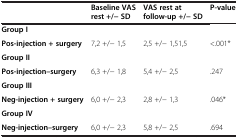
|  | Baseline VAS rest +/- SD | VAS rest at follow-up +/- SD | P-value |
 | --- | --- | --- | --- |
 | <COLSPAN=4> Group I |
 | Pos-injection + surgery | 7,2 +/- 1,5 | 2,5 +/- 1,51,5 | <.001* |
 | <COLSPAN=4> Group II |
 | Pos-injection–surgery | 6,3 +/- 1,8 | 5,4 +/- 2,5 | .247 |
 | <COLSPAN=4> Group III |
 | Neg-injection + surgery | 6,0 +/- 2,3 | 2,8 +/- 1,3 | .046* |
 | <COLSPAN=4> Group IV |
 | Neg-injection–surgery | 6,0 +/- 2,3 | 5,8 +/- 2,5 | .694 |